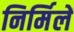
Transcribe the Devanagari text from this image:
निर्मिलें